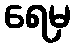
ရေမှ